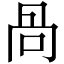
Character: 咼